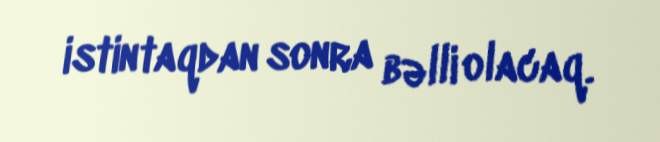
istintaqdan sonra bəlli olacaq.